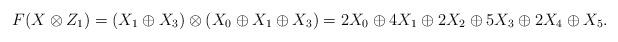
LaTeX: \begin{align*}F(X\otimes Z_1)=(X_1\oplus X_3)\otimes(X_0\oplus X_1\oplus X_3)=2X_0\oplus4X_1\oplus2X_2\oplus5X_3\oplus2X_4\oplus X_5.\end{align*}